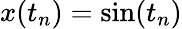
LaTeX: x(t_{n})=\sin(t_{n})